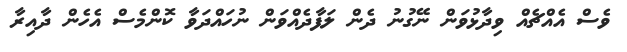
ވެސް އެއްޗެއް ވިދާޅުވަން ނޭގުނު ދެން ލަފާދެއްވަން ނުހައްދަވާ ކޮންމެސް އެހެން ދާއިރާ